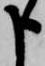
申